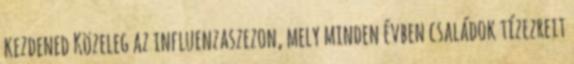
kezdened Közeleg az influenzaszezon, mely minden évben családok tízezreit